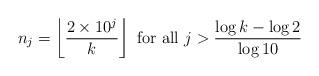
LaTeX: \begin{align*} n_j = \left\lfloor\frac{2 \times 10^{j}}{k}\right\rfloor \text{ for all } j> \frac{\log{k} - \log{2}}{\log{10}} \end{align*}